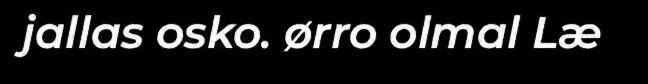
jallas osko. ørro olmal Læ